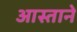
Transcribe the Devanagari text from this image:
आस्ताने